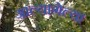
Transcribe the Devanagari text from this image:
आल्यागेल्या